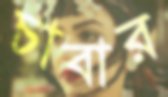
চাবার